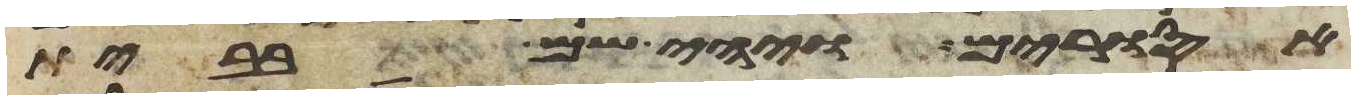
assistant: אסורים ויהי שם בבית